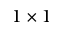
1 \times 1